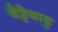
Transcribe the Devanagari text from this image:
वैट्टैयाडु